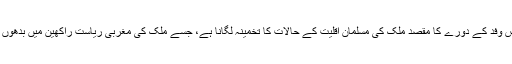
بدھ کے روز برما پہنچنے والے اِس وفد کے دورے کا مقصد ملک کی مسلمان اقلیت کے حالات کا تخمینہ لگانا ہے، جسے ملک کی مغربی ریاستِ راکھین میں بدھوں کے ساتھ جھڑپیں درپیش رہی ہیں۔